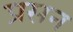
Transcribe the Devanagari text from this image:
प्रसन